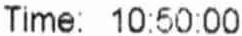
TIME: 10:50:00